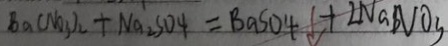
B a ( N O _ { 3 } ) _ { 2 } + N a _ { 2 } S O _ { 4 } = B a S O _ { 4 } \downarrow + 2 N a N O _ { 3 }